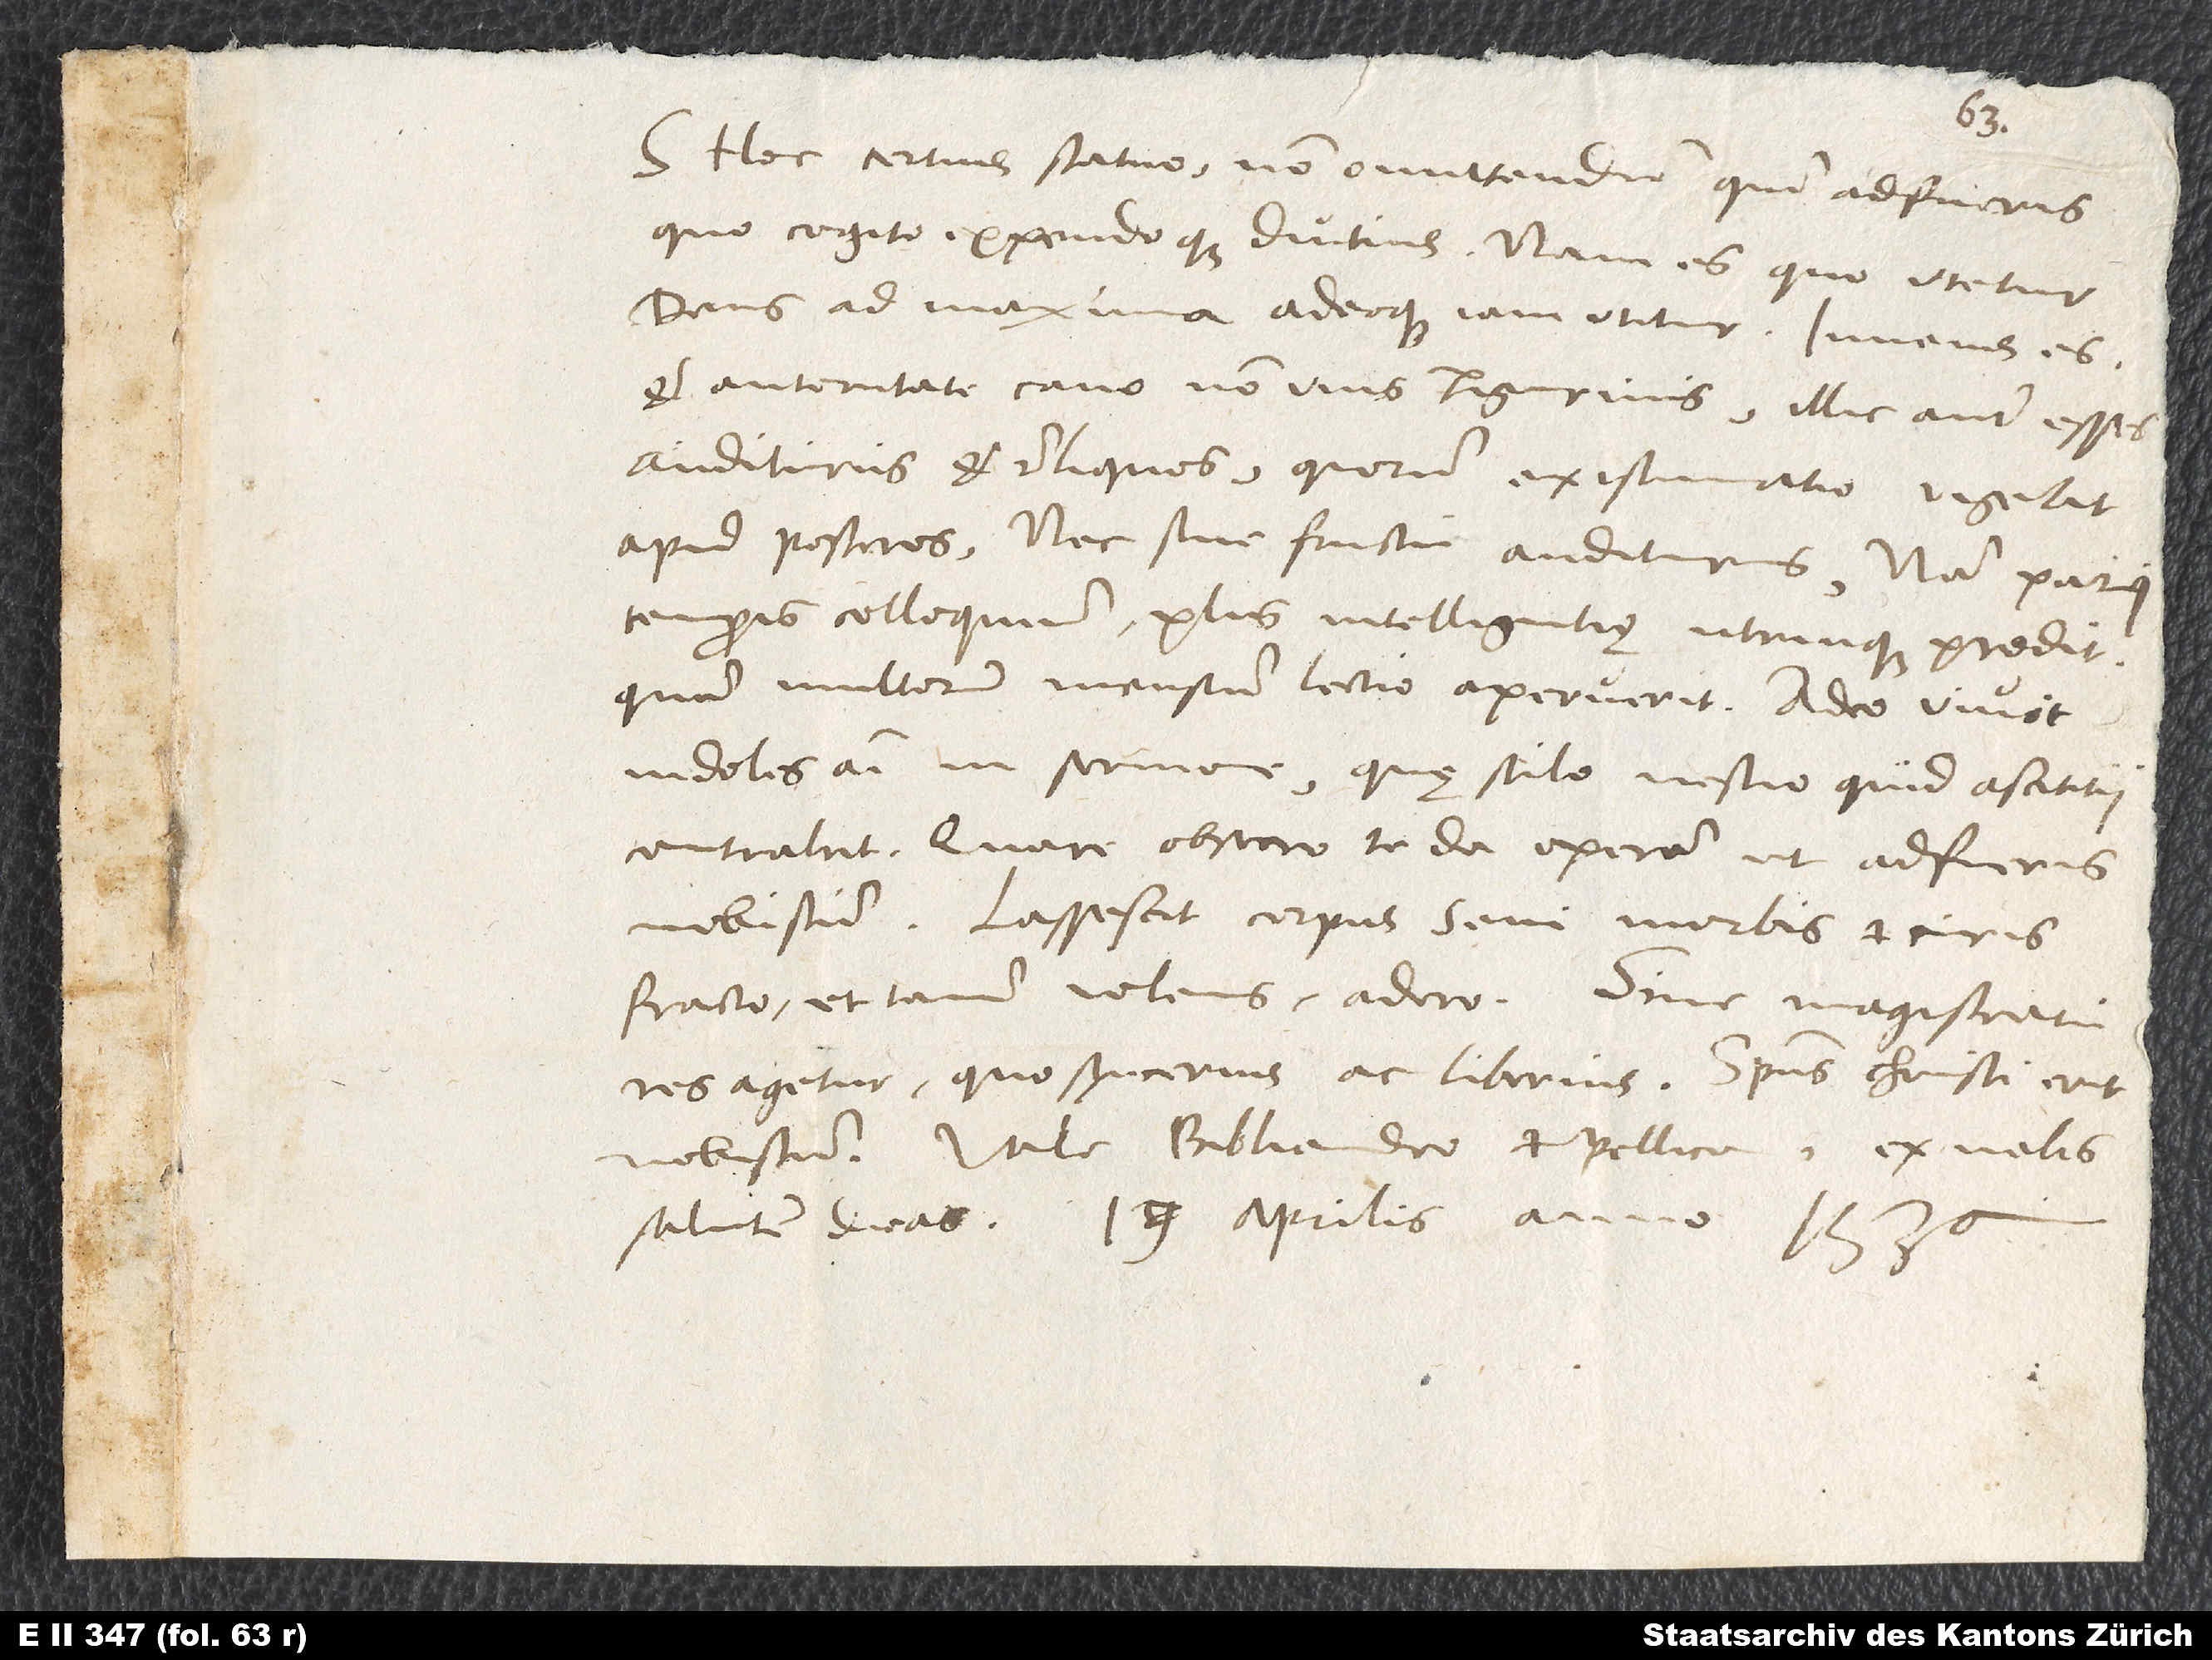
S. Hoc certius statuo non omittendum, quin adfueris,
quo cogito expendoque diutius. Nam es, quo utetur
deus ad maxima adeoque iam utitur. Iuvenis es
et autoritate canus non unis Tigurinis. Illic autem esses
auditurus et reliquos, quorum existimatio vigebit
apud posteros, nec sine fructu auditurus; nam parvi
temporis colloquium plus intelligentię utrinque prodit,
quam multorum mensium lectio aperuerit. Adeo vivit
indoles animi in sermone, quę stilo nescio quid ascititii
contrahit. Quare obsecro te, da operam, ut adfueris
nobiscum. Lassescit corpus seni morbis et curis
fracto, et tamen volens adero. Sine magistratu
res agetur, quo syncerius ac liberius. Spiritus Christi erit
nobiscum. Vale. Bibliandro et Pellicano ex nobis
salutem dicas. 19. aprilis anno
1536.